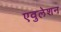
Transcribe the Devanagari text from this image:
एवुलेशन